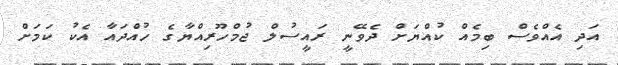
އަދި އެއްވެސް ބިމެއް ކުއްޔަށް ދެވޭނީ ރައީސުލް ޖުމްހޫރިއްޔާގެ ހުއްދައާ އެކު ކަމަށް